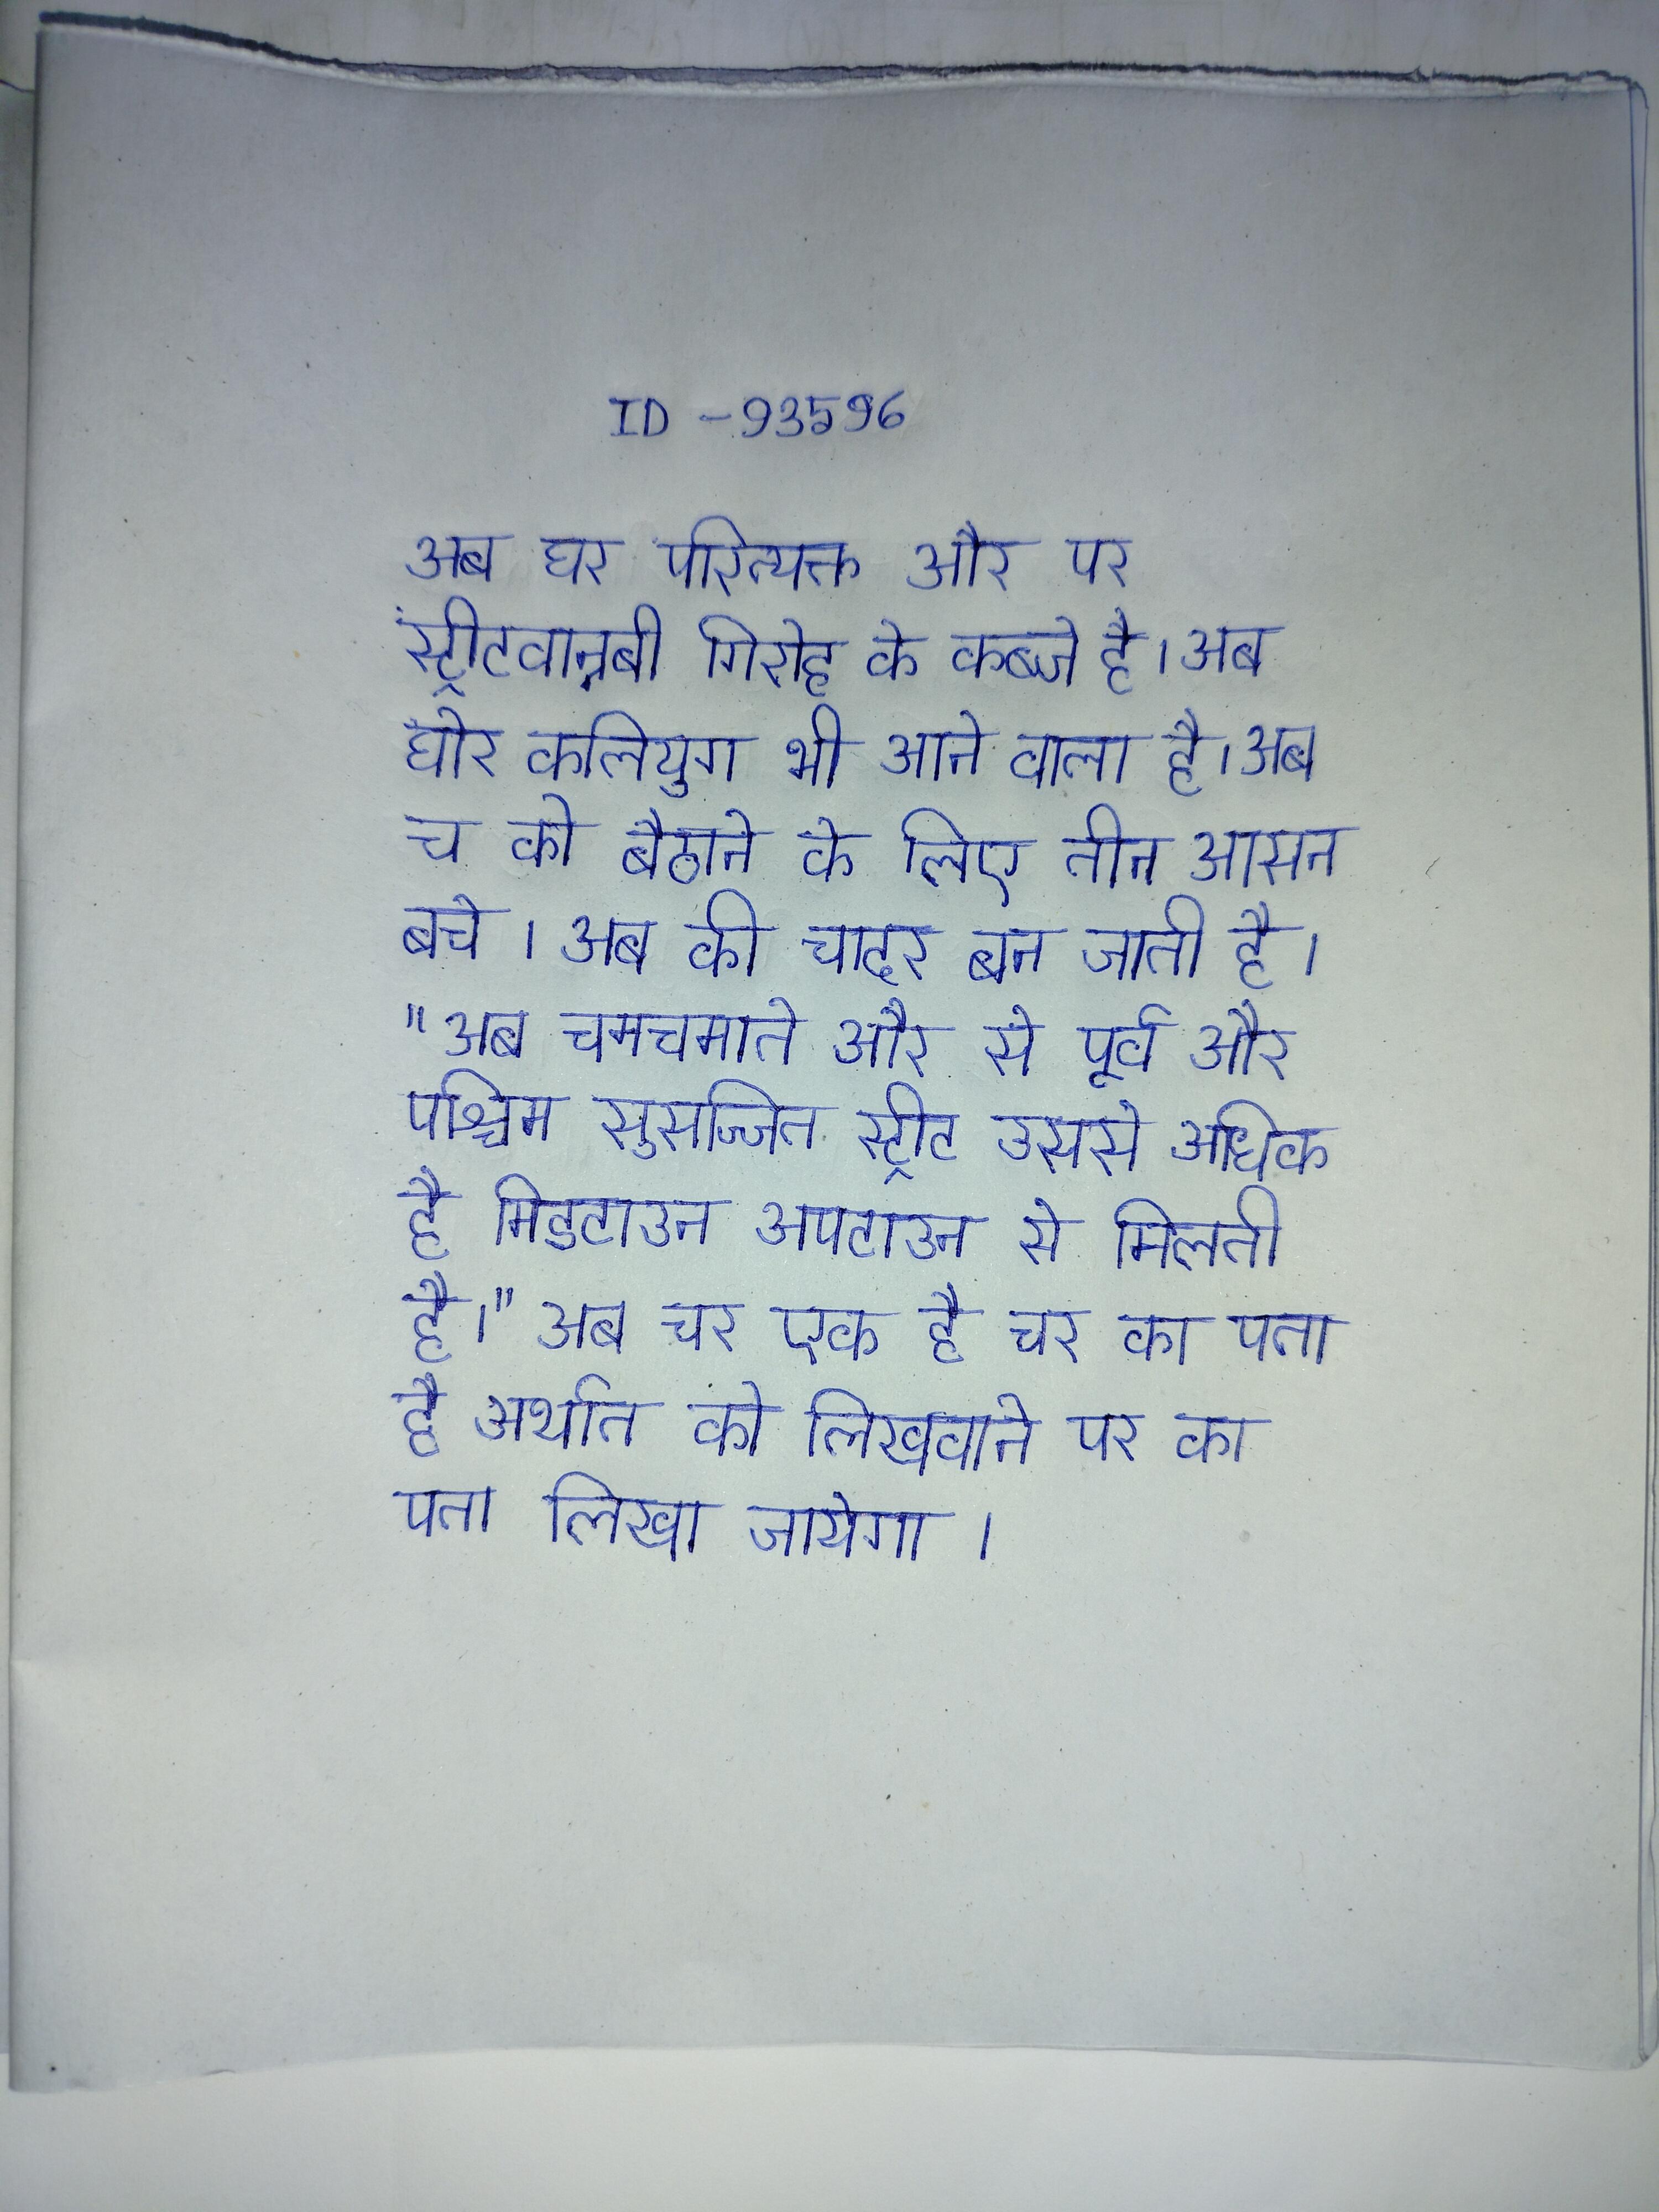
अब घर परित्यक्त और पर स्ट्रीटवान्नबी गिरोह के कब्जे है । अब घोर कलियुग भी आने वाला है । अब च को बैठाने के लिए तीन आसन बचे । अब की चादर बन जाती है । "अब चमचमाते और से पूर्व और पश्चिम सुसज्जित स्ट्रीट उससे अधिक है मिडटाउन अपटाउन से मिलती है।" अब चर एक है चर का पता है अर्थात को लिखवाने पर का पता लिखा जायेगा ।